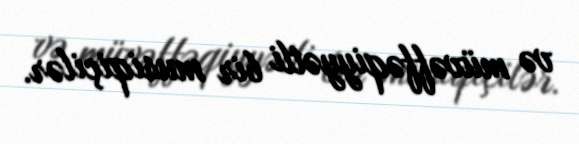
və müvəffəqiyyətli bir musiqiçilər.